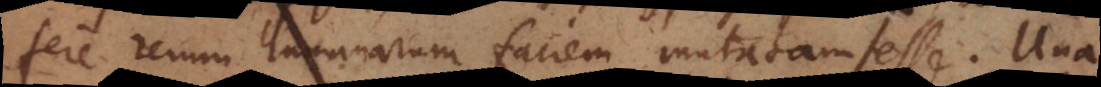
um humanarum faciem mutatam esse. Una